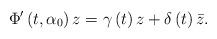
LaTeX: \begin{align*}\Phi^{\prime}\left( t,\alpha_{0}\right) z=\gamma\left( t\right)z+\delta\left( t\right) \bar{z}. \end{align*}